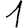
Digit: 1